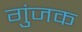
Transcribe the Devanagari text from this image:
गुंजक